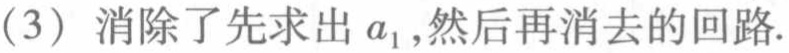
(3) 消除了先求出 \(a_{1}\),然后再消去的回路.